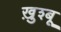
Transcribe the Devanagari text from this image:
ख़ुश्बू